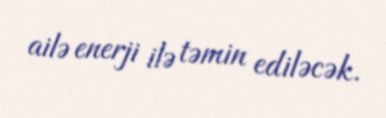
ailə enerji ilə təmin ediləcək.